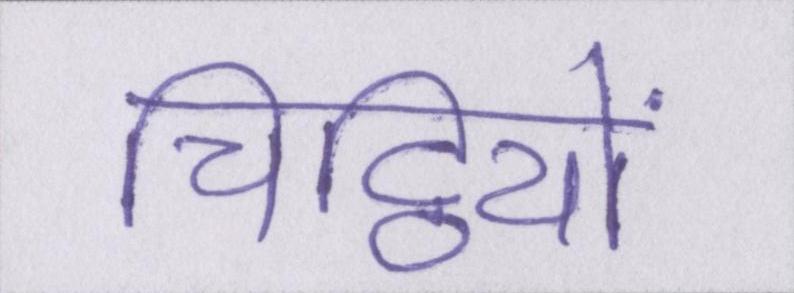
चिट्ठियों